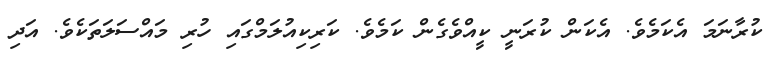
ކުރާނަމަ އެކަމެވެ. އެކަން ކުރަނީ ކީއްވެގެން ކަމެވެ. ކަރިކިއުލަމްގައި ހުރި މައްސަލަތަކެވެ. އަދި